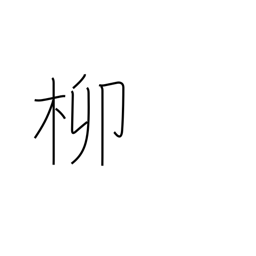
Meaning: willow